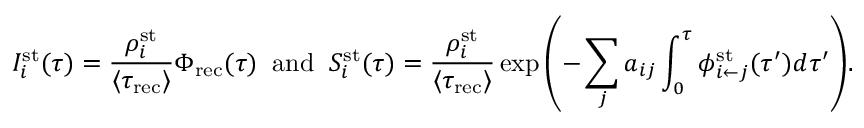
I _ { i } ^ { \mathrm { s t } } ( \tau ) = \frac { \rho _ { i } ^ { \mathrm { s t } } } { \langle \tau _ { \mathrm { r e c } } \rangle } \Phi _ { \mathrm { \mathrm { r e c } } } ( \tau ) \; \; \mathrm { a n d } \; \; S _ { i } ^ { \mathrm { s t } } ( \tau ) = \frac { \rho _ { i } ^ { \mathrm { s t } } } { \langle \tau _ { \mathrm { r e c } } \rangle } \exp { \left( - \sum _ { j } a _ { i j } \int _ { 0 } ^ { \tau } \phi _ { i \leftarrow j } ^ { \mathrm { s t } } ( \tau ^ { \prime } ) d \tau ^ { \prime } \right) } .